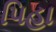
પિહા